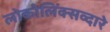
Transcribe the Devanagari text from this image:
लोकोलिंक्सव्दारे